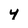
Character: 4